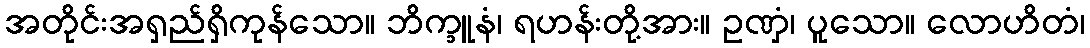
အတိုင်းအရှည်ရှိကုန်သော။ ဘိက္ခူနံ၊ ရဟန်းတို့အား။ ဥဏှံ၊ ပူသော။ လောဟိတံ၊